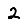
Digit: 2